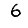
Digit: 6